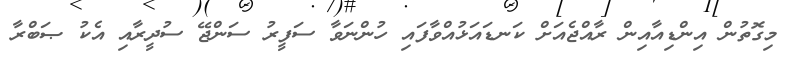
މިގޮތުން އިންޑިއާއިން ރާއްޖެއަށް ކަނޑައަޅުއްވާފައި ހުންނަވާ ސަފީރު ސަންޖޭ ސުދީރާއި އެކު ޞަބްރާ